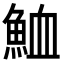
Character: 𩶫